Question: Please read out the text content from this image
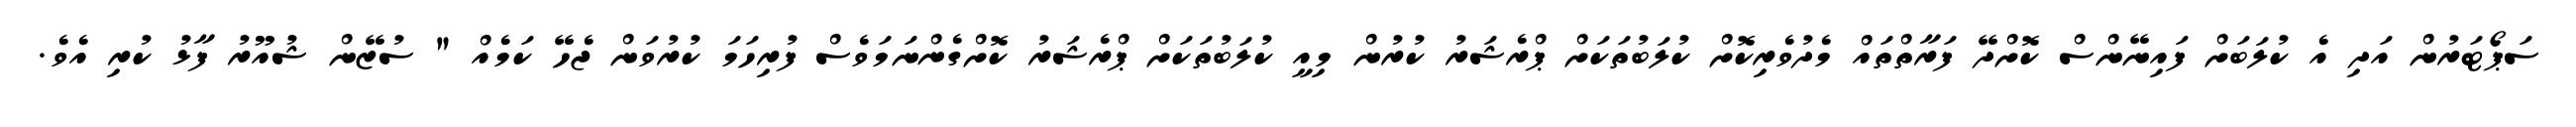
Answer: ސަޕޯޓަރުން އަދި އެ ކުލަބަށް ފައިނޭންސް ކޮށްދޭ ފަރާތްތައް މެދުވެރިކޮށް ކުލަބުތަކަށް ޕްރެޝަރު ކުރުން މިއީ ކުލަބުތަކަށް ޕްރެޝަރު ކޮށްގެންނަމަވެސް ފުރިހަމަ ކުރުވަން ޖެހޭ ކަމެއް " ސުޒޭން ޝުއޫރު ފާޅު ކުރި އެވެ.